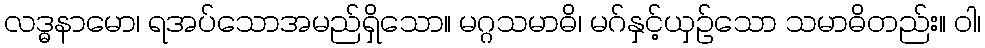
လဒ္ဓနာမော၊ ရအပ်သောအမည်ရှိသော။ မဂ္ဂသမာဓိ၊ မဂ်နှင့်ယှဉ်သော သမာဓိတည်း။ ဝါ၊